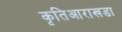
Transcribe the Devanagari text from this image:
कृतिआराखडा